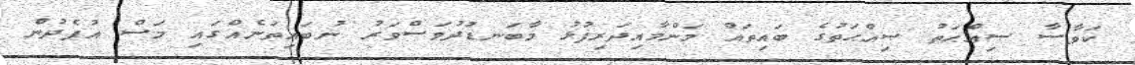
ކަވާސާ ޞިއްޙަތު ޞިއްޙަތުގެ ބައިތައް މަންމާއިދަރިފުޅު މާބަނޑުދުވަސްވަރު ނުބައިތަނެއްގައި މަސް އުފެދުން